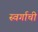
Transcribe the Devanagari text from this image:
स्वर्गाची